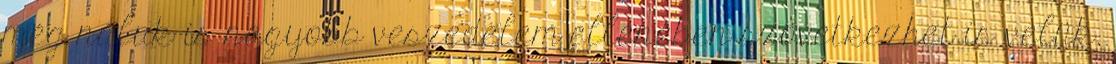
még náluk is nagyobb veszedelem ellenében szövetkezhet is velük.